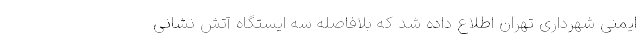
ایمنی شهرداری تهران اطلاع داده شد که بلافاصله سه ایستگاه آتش نشانی